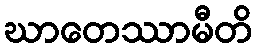
ဃာတေဿာမီတိ